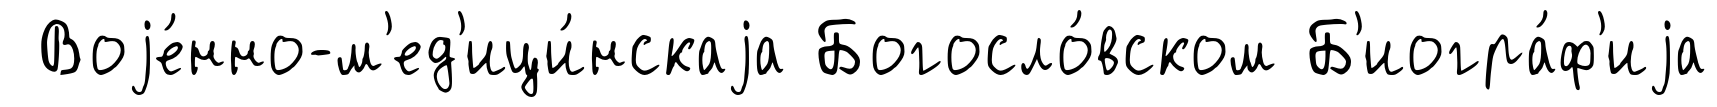
Воjе́нно-м'ед'ици́нскаjа Богосло́вском Б'иогра́ф'иjа